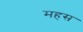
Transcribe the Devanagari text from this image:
महस